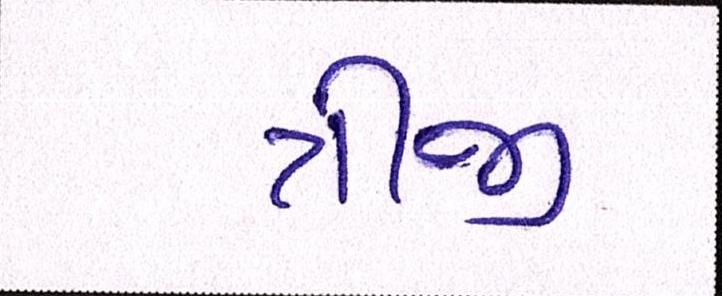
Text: ત્રીજી